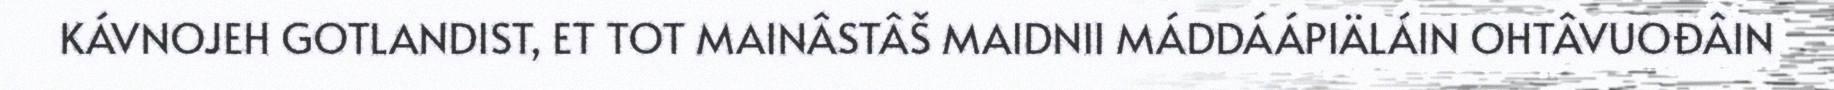
KÁVNOJEH GOTLANDIST, ET TOT MAINÂSTÂŠ MAIDNII MÁDDÁÁPIÄLÁIN OHTÂVUOĐÂIN